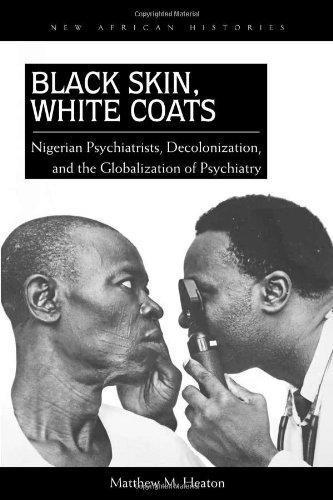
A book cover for Black Skin, White Coats: Nigerian Psychiatrists, Decolonization, and the Globalization of Psychiatry (New African Histories); Matthew M. Heaton; History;